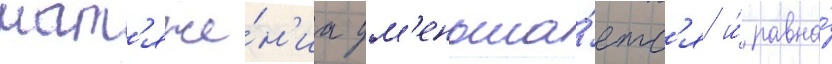
нат'яже́н'иа ум'еньша́етс'я и́ равна́